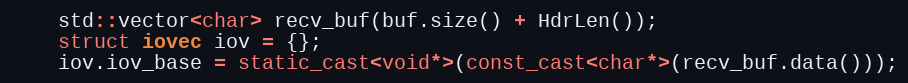
Language: C++
    std::vector<char> recv_buf(buf.size() + HdrLen());
    struct iovec iov = {};
    iov.iov_base = static_cast<void*>(const_cast<char*>(recv_buf.data()));